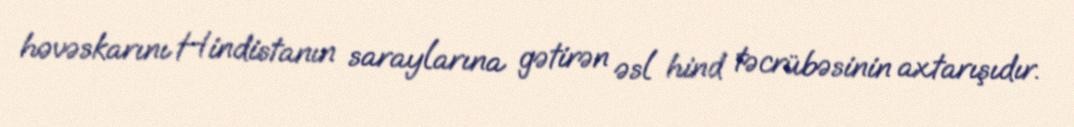
həvəskarını Hindistanın saraylarına gətirən əsl hind təcrübəsinin axtarışıdır.